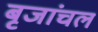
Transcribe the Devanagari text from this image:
बृजांचल